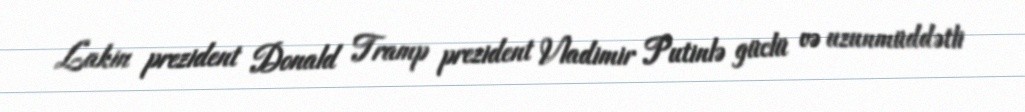
Lakin prezident Donald Tramp prezident Vladimir Putinlə güclü və uzunmüddətli